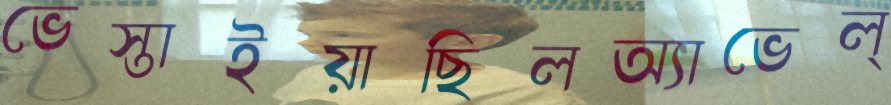
ভেস্তাইয়াছিলঅ্যাভেল্